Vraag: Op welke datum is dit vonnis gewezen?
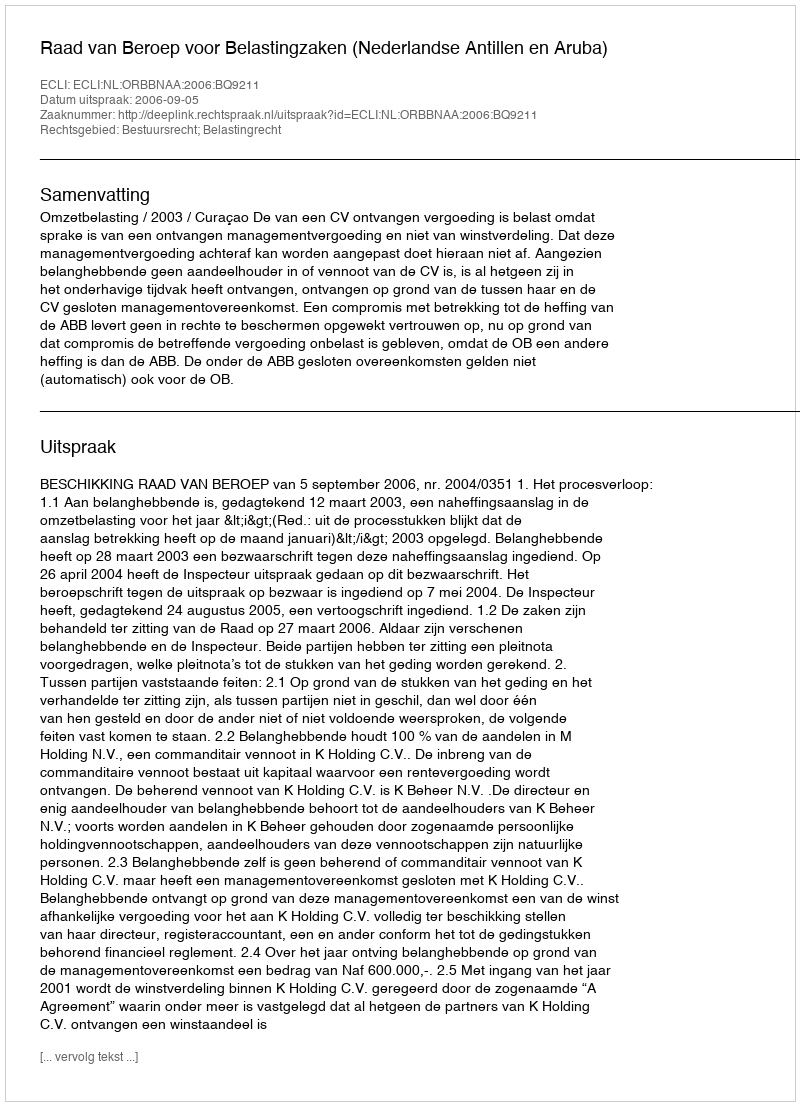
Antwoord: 2006-09-05